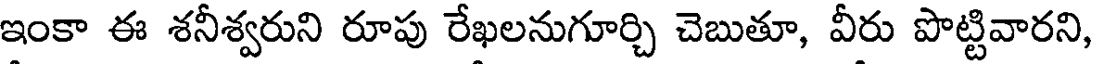
ఇంకా ఈ శనీశ్వరుని రూపు రేఖలనుగూర్చి చెబుతూ, వీరు పొట్టివారని,